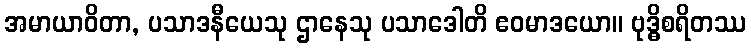
အမာယာဝိတာ, ပသာဒနီယေသု ဌာနေသု ပသာဒေါတိ ဧဝမာဒယော။ ဗုဒ္ဓိစရိတဿ